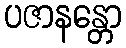
ပဇာနန္တော